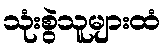
သုံးစွဲသူများထံ